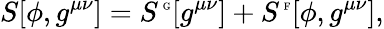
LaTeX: S[\phi,g^{\mu\nu}]=S^{\mathrm{{\tiny~G}}}[g^{\mu\nu}]+S^{\mathrm{{\tiny~F}}}[\phi,g^{\mu\nu}],